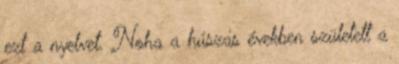
ezt a nyelvet. Noha a húszas években született a